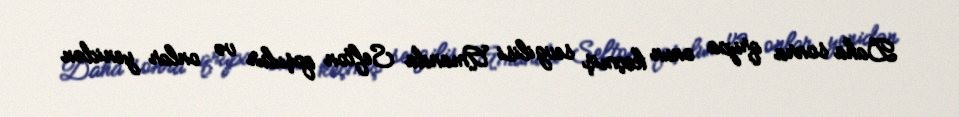
Daha sonra qrupa onun keçmiş sevgilisi Amanda Sefton qoşulur və onlar yenidən